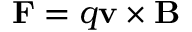
\mathbf { F } = q \mathbf { v } \times \mathbf { B }